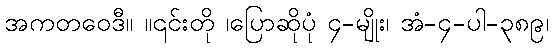
အကတဝေဒီ။ ။၎င်းတို ၊ပြောဆိုပုံ ၄-မျိုး၊ အံ-၄-ပါ-၃၈၉၊